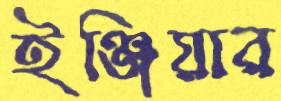
ইঞ্জিয়ার